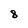
Character: 8